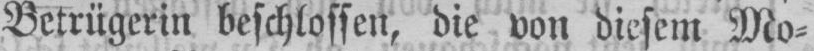
Betrügerin beschlossen, die von diesem Mo⸗